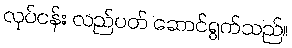
လုပ်ငန်း လည်ပတ် ဆောင်ရွက်သည်။